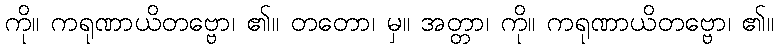
ကို။ ကရုဏာယိတဗ္ဗော၊ ၏။ တတော၊ မှ။ အတ္တာ၊ ကို။ ကရုဏာယိတဗ္ဗော၊ ၏။